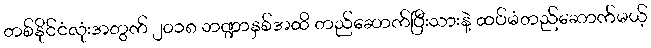
တစ်နိုင်ငံလုံးအတွက် ၂၀၁၈ ဘဏ္ဍာနှစ်အထိ တည်ဆောက်ပြီးသားနဲ့ ထပ်မံတည်ဆောက်မယ့်